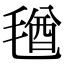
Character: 𣮩